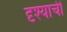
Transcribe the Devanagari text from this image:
दृश्याची